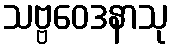
သဗ္ဗဝေဒနာသု